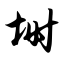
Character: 埘